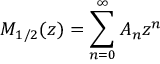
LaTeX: { \cal M } _ { 1 / 2 } ( z ) = \sum _ { n = 0 } ^ { \infty } { \cal A } _ { n } z ^ { n }